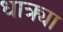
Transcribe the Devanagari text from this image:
धात्र्या